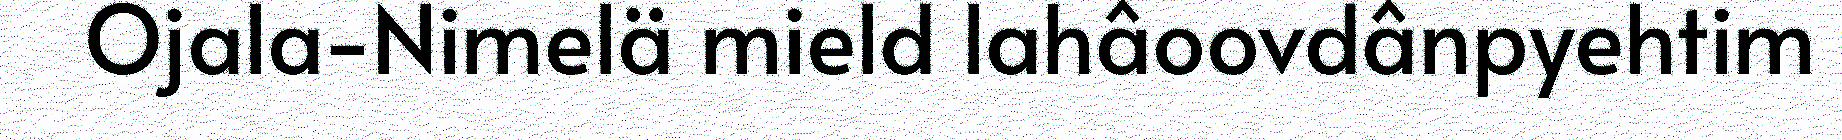
Ojala-Nimelä mield lahâoovdânpyehtim